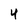
Character: 4